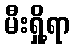
မီးရှို့ရာ